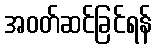
အဝတ်ဆင်ခြင်ရန်